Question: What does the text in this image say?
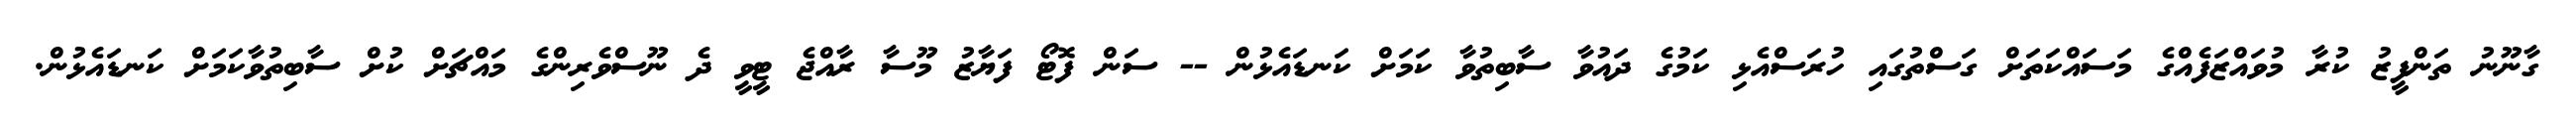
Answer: ގާނޫނު ތަންފީޒު ކުރާ މުވައްޒަފެއްގެ މަސައްކަތަށް ގަސްތުގައި ހުރަސްއެޅި ކަމުގެ ދައުވާ ސާބިތުވާ ކަމަށް ކަނޑައެޅުން -- ސަން ފޮޓޯ ފަޔާޒު މޫސާ ރާއްޖެ ޓީވީ ދެ ނޫސްވެރިންގެ މައްޗަށް ކުށް ސާބިތުވާކަމަށް ކަނޑައެޅުން.